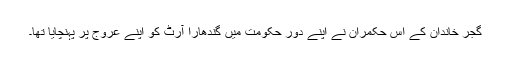
گجر خاندان کے اس حکمران نے اپنے دورِ حکومت میں گندھارا آرٹ کو اپنے عروج پر پہنچایا تھا۔